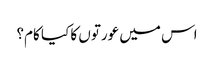
اس میں عورتوں کا کیا کام؟